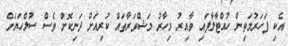
އެކި ފަހަރުމަތިން ހުއްޓާލާފައި ވާއިރު މިހާރު މަޝްވަރާތައް ކުރިއަށް ދަނިކޮށް ވެސް ސުލްހަޔަށް